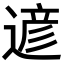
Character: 遃